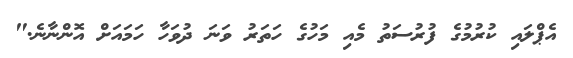
އެޕްލައި ކުރުމުގެ ފުރުސަތު މެއި މަހުގެ ހަތަރު ވަނަ ދުވަހާ ހަމައަށް އޮންނާނެ."